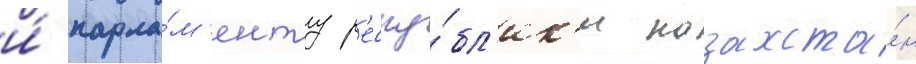
и́ парла́м'енту р'еспу́бл'ик'и казахста́н